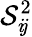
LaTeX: \mathcal{S}_{i\! j}^{2}